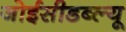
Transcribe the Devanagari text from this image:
जोईसीडब्ल्यू